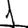
Digit: 1